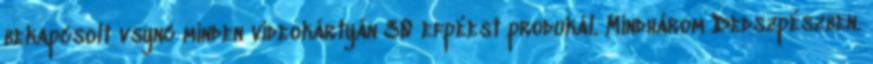
bekapcsolt vsync minden videokártyán 30 efpéest produkál. Mindhárom Dedszpészben.